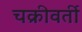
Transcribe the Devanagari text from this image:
चक्रीवर्ती